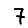
Digit: 7